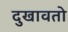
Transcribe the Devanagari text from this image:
दुखावतो